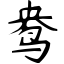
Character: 鸯